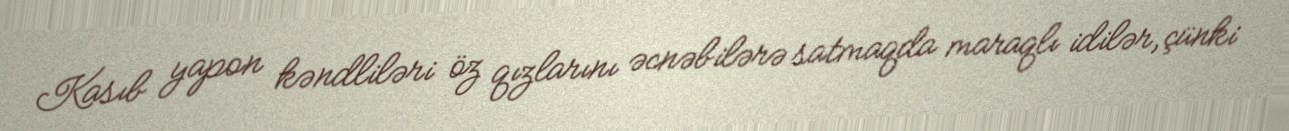
Kasıb yapon kəndliləri öz qızlarını əcnəbilərə satmaqda maraqlı idilər, çünki